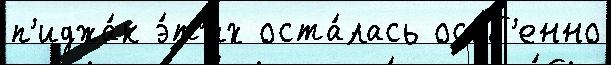
п'иджа́к э́т'их оста́лась осо́б'енно